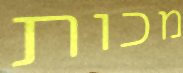
מכות